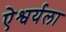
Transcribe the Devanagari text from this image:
ऐश्वर्यला